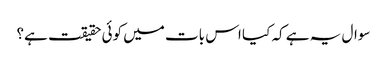
سوال یہ ہے کہ کیا اس بات میں کوئی حقیقت ہے؟